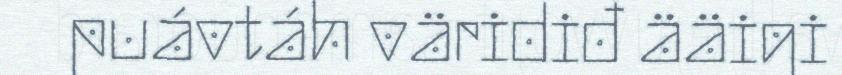
puávtáh väridiđ ääigi